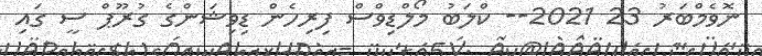
ނޮވެމްބަރު 23 2021-- ކްލަބު މޯލްޑިވްސް ފިރިހެން ޑިވިޝަންގެ ގުރޫޕް ސީ ގައި